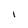
Character: l